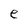
Character: e